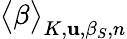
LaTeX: \big<\beta\big>_{K,\mathbf{u},\beta_{S},n}